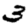
Digit: 3